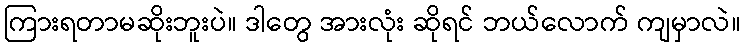
ကြားရတာမဆိုးဘူးပဲ။ ဒါတွေ အားလုံး ဆိုရင် ဘယ်လောက် ကျမှာလဲ။